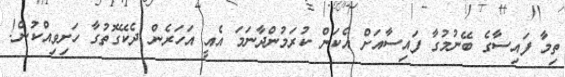
ތިމާ ފައިސާގެ ބޭނުމުގާ ފައިސާއަށް އެކަން ކުރަމުންދާނަމަ އެއީ އަހަރެން ދެކޭގޮތުގާ ހަށިވިއްކުން!